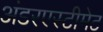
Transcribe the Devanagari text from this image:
अंडरएस्टीमेट